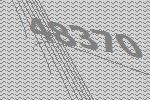
48370